General report no. 6 on the lunatic asylums, vaccination and dispensaries in the Bengal Presidency, 1873 -
Year: 1873
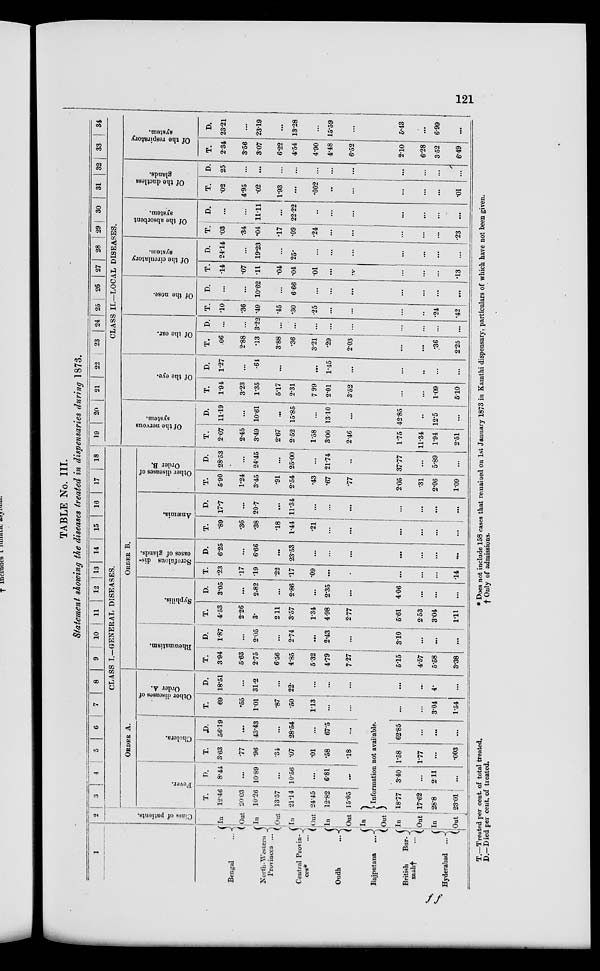
121
TABLE No. III.
Statement showing the diseases treated in dispensaries during 1873.
1
Bengal
...
North-Western
Provinces ...
Central Provin-
ces* ...
Oudh
...
Bajputana
...
British Bur¬
mah† ...
Hyderabad...
2
Class of patients.
In
Out
In
Out
In
Out
In
Out
In
Out
In
Out
In
Out
3
4
5
6
7
8
9
10 11 12 13 14 15 16 17 18
CLASS I.-GENERAL DISEASES.
ORDER A.
Fever.
T.
12.46
20.03
10.26
13.57
21.14
24.45
12.82
15.05
D.
8.44
...
10.89
..
10.56
...
6.81
...
Cholera.
T.
3.63
.77
.96
.34
.07
.01
.58
.18
D.
56.19
...
43.43
...
28.54
...
67.5
....
Other diseases of
Order A.
T.
69
.55
1.01
.87
.50
1.13
...
...
D.
18.51
...
31.2
...
22.
...
...
...
ORDER B.
Rheumatism.
T.
3.94
5.63
2.75
6.56
4.85
5.32
4.79
7.27
D.
1.87
...
2.05
...
2.74
...
2.43
...
Syphilis.
T.
4.53
2.26
3.
2.11
3.57
1.34
4.98
2.77
D.
3.05
...
2.82
...
2.86
...
2.35
...
Scrofulous dis-
eases of glands.
T.
.23
.17
.19
.22
.17
.09
...
...
D.
6.25
...
6.66
...
23.53
...
...
...
Anaemia.
T.
.89
.36
.38
.18
1.44
.21
...
...
D.
17.7
...
20.7
...
11.34
...
...
...
Other diseases of
Order B.
T.
5.90
1.24
3.45
.91
2.54
.43
.67
.77
D.
28.53
...
24.45
...
25.00
...
21.74
...
19
20
21
22
23
24 25
26
27
28
29
30
31
32
33
34
CLASS II.—LOCAL DISEASES.
Of the nervous
system.
T.
2.07
2.45
3.49
2.67
2.52
1.58
3.00
2.46
D.
11.19
...
10.61
...
15.85
...
13.10
...
Of the eye.
T.
1.94
3.23
1.35
5.17
2.31
7.99
2.01
3.52
D.
1.27
...
.61
...
...
1.45
...
Of the ear.
T.
.06
2.88
.13
3.88
.36
3.21
.29
2.03
D.
...
...
3.22
...
...
...
...
...
Of the nose.
T.
.10
.36
.49
.45
.30
.25
...
...
D.
...
...
10.62
...
666
...
...
...
Of the circulatory
system.
T.
.14
.07
11
.04
.04
01
...
...
D.
24.14
...
19.23
...
25.
...
...
...
Of the absorbent
system.
T.
.03
.34
.04
.17
.09
.24
...
...
D.
...
...
11.11
...
22.22
...
...
...
Of the ductless
glands.
T.
.02
4.95
.02
1.93
...
002
...
...
D.
25
...
...
...
...
...
...
Of the respiratory
system.
T.
2.34
3.56
3.07
6.22
4.54
4.90
4.48
6.52
D.
23.21
...
23.19
...
13.28
...
15.59
...
Information not available.
18.77
17.62
28.8
23.01
3.40
...
2.11
...
1.58
177
...
.003
62.85
...
...
...
...
...
3.04
1.54
...
...
4.
...
5.15
4.57
5.58
3.38
3.10
...
...
...
5.61
2.53
3.04
1.11
4.06
...
...
...
...
...
...
.14
...
...
...
...
...
...
...
...
...
...
...
...
2.05
.31
2.06
1.09
37.77
...
5.89
...
1.75
11.34
1.94
2.51
42.85
..
12.5
...
...
...
1.09
5.10
...
...
...
...
...
...
36
2.25
...
...
...
...
...
...
.24
.42
...
...
...
...
...
...
...
.13
...
...
...
...
...
...
...
.23
...
...
...
...
...
...
...
.01
...
...
...
2.10
6.28
352
6.49
5.43
...
6.99
...
T.—Treated per cent of total treated.
D.—Died per cent. of treated.
* Does not include 158 cases that remained on 1st January 1873 in Kamthi dispensary, particulars of which have not been given.
† Only of admissions.
ff